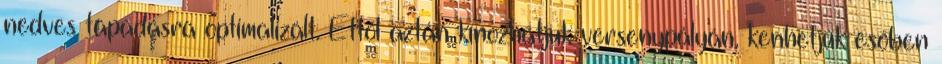
nedves tapadásra optimalizált. Ettől aztán kínozhatjuk versenypályán, kenhetjük esőben